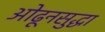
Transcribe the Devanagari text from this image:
ओढूनसुद्धा